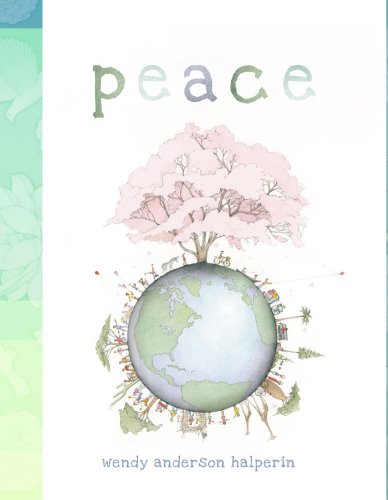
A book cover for Peace; Wendy Anderson Halperin; Children's Books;